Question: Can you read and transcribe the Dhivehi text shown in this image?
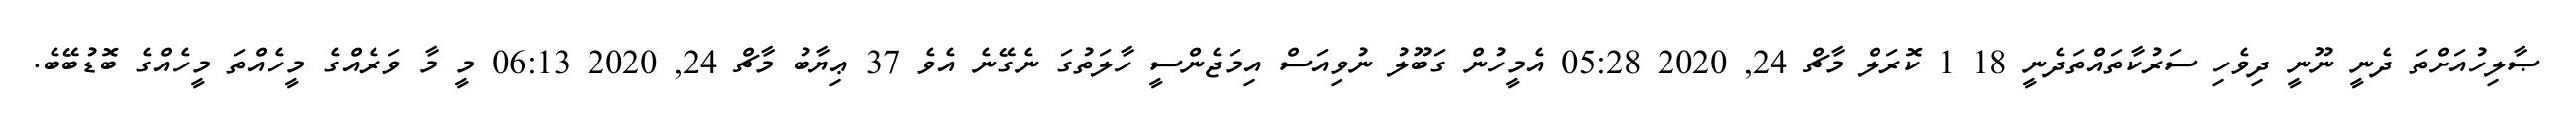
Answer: ޞާލިހުއަށްތަ ދެނީ ނޫނީ ދިވެހި ސަރުކާތައްތަދެނީ 18 1 ކޮރަލް މާޗް 24, 2020 05:28 އެމީހުން ގަބޫލު ނުވިއަސް އިމަޖެންސީ ހާލަތުގަ ނެގޭނެ އެވެ 37 ޢިޔާބު މާޗް 24, 2020 06:13 މީ މާ ވަރެއްގެ މީހެއްތަ މީހެއްގެ ބޮޑުބޭބެ.